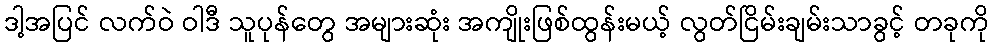
ဒါ့အပြင် လက်ဝဲ ဝါဒီ သူပုန်တွေ အများဆုံး အကျိုးဖြစ်ထွန်းမယ့် လွတ်ငြိမ်းချမ်းသာခွင့် တခုကို